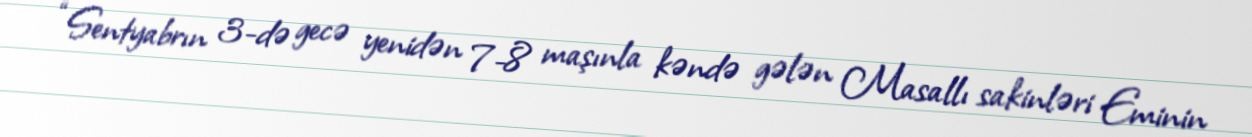
“Sentyabrın 3-də gecə yenidən 7-8 maşınla kəndə gələn Masallı sakinləri Eminin